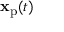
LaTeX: \mathbf { x } _ { \mathrm { p } } ( t )